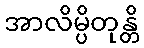
အာလိမ္ပိတုန္တိ